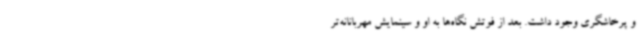
و پرخاشگری وجود داشت. بعد از فوتش نگاه‌ها به او و سینمایش مهربانانه‌تر